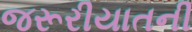
જરૂરીયાતની